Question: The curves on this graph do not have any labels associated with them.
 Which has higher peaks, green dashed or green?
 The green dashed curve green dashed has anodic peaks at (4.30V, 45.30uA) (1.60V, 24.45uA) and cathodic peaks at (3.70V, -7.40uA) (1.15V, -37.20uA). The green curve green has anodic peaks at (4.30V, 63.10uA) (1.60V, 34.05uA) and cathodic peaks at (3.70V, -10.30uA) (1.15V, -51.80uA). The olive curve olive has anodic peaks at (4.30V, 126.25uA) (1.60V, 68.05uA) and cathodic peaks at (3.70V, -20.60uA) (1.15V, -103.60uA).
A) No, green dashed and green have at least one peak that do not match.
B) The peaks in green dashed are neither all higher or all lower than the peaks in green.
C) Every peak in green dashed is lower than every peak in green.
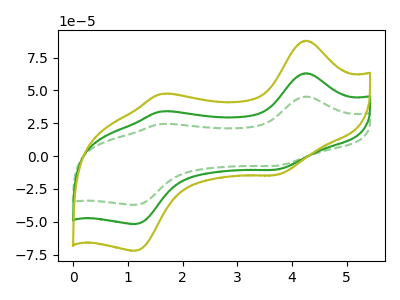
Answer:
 <answer>C) Every peak in "green dashed" is lower than every peak in "green".</answer>
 <eval>C</eval>